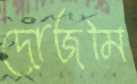
দোজমি